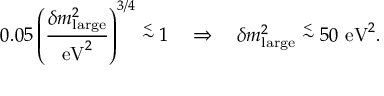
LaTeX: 0 . 0 5 \left( { \frac { \delta m _ { \mathrm { l a r g e } } ^ { 2 } } { \mathrm { e V } ^ { 2 } } } \right) ^ { 3 / 4 } \stackrel { < } { \sim } 1 \quad \Rightarrow \quad \delta m _ { \mathrm { l a r g e } } ^ { 2 } \stackrel { < } { \sim } 5 0 \ \mathrm { e V } ^ { 2 } .